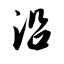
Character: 沿